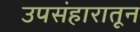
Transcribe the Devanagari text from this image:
उपसंहारातून